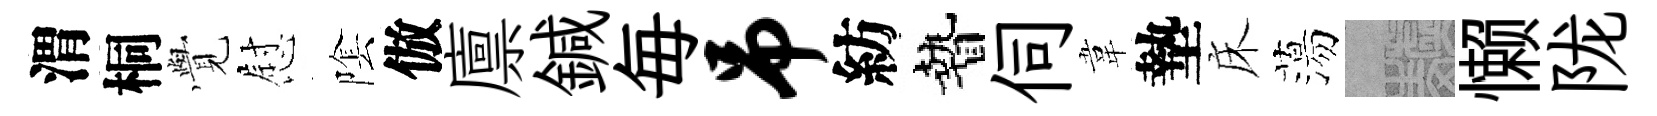
渭桐𮗜慰隂倣廪鍼毎吊紡贄伺韋墊床蕩熙懒陇